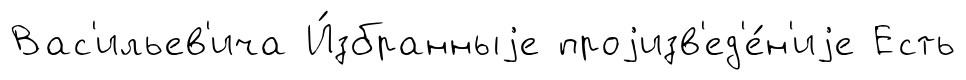
Вас'ильев'ича И́збранныjе проjизв'ед'е́н'иjе Есть